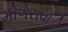
મોગરાવાડી